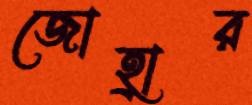
জোহ্রার